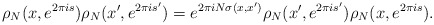
\begin{align*}\rho_N(x, e^{2\pi i s})\rho_N(x', e^{2\pi i s'})=e^{2\pi i N \sigma (x, x')}\rho_N(x', e^{2\pi i s'})\rho_N(x, e^{2\pi i s}).\end{align*}